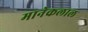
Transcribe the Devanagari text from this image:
मानेकलाल